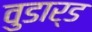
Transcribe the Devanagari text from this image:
वुडार्ड